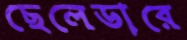
ছেলেডারে